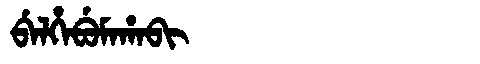
Manchu: ᠪᡝᠯᡥᡝᠪᡠᠮᠠᡥᠠᠪᡳ
Romanization: BELHEBUMAHABI